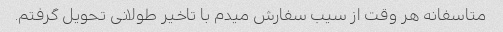
متاسفانه هر وقت از سیب سفارش میدم با تاخیر طولانی تحویل گرفتم.